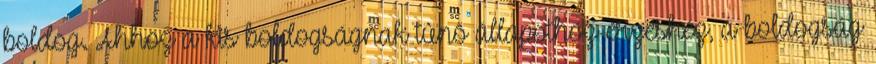
boldog. Ahhoz a kis boldogságnak tûnõ állapothoz-érzéshez, a boldogság